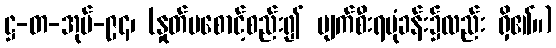
ဋ္ဌ-တ-အုပ်-၉၄၊ (နှုတ်မစောင့်စည်း၍ ပျက်စီးရပုံခန်း၌လည်း ရှိ၏။)